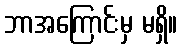
ဘာအကြောင်းမှ မရှိ။